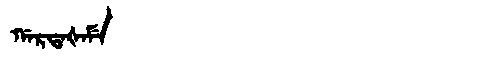
Manchu: ᡤᠠᡵᡨᠠᡧᠠᠮᡝ
Romanization: GARTAŠAME